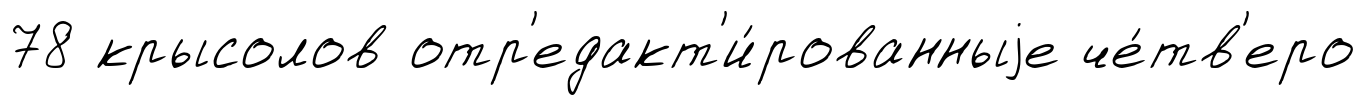
78 крысолов отр'едакт'и́рованныjе че́тв'еро